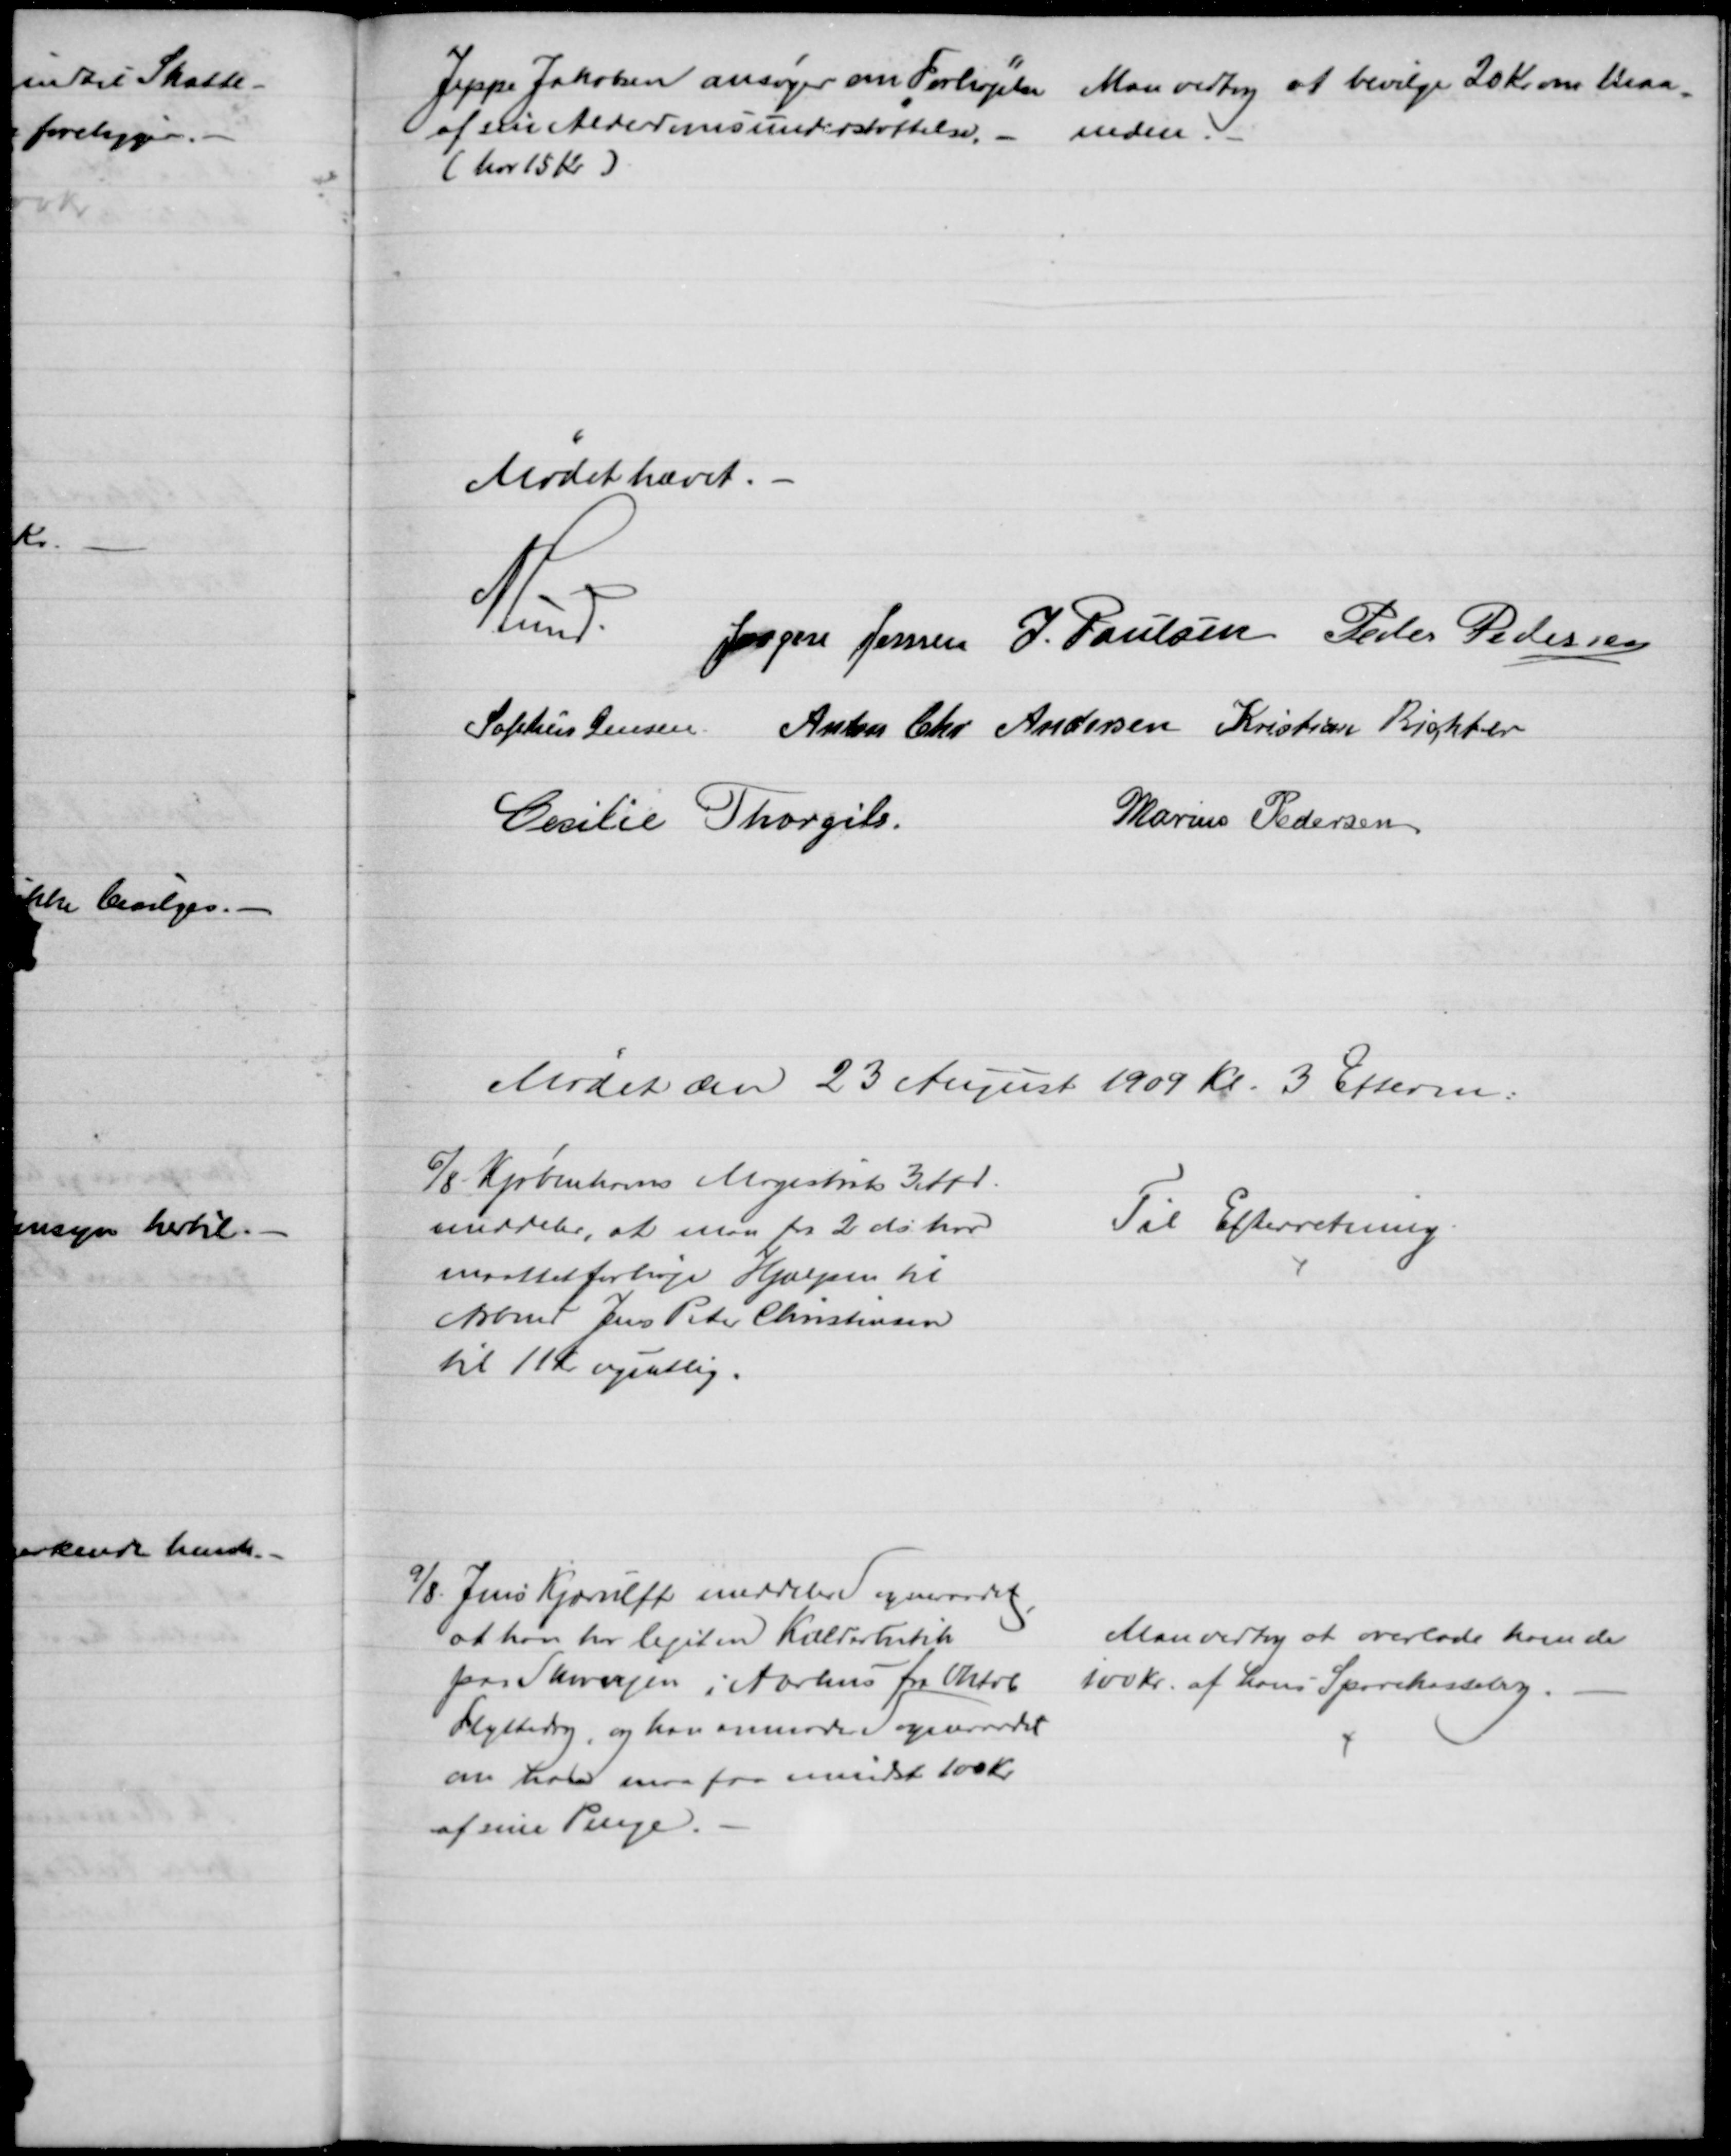
Transskription:
Jeppe Jakobsen ansøger om Forhøjelse 
af sin Alderdomsunderstøttelse.
(har 15 Kr)
Man vedtog at bevilge 20 Kr. om Maa-
=
neden.
Mødet hævet.
A. Lund.
Jørgen Jensen J. Poulsen Peder Pedersen
Sophus Jensen Anton Chr Andersen Kristian Richter
Cecilie Thorgils.
Marius Pedersen
Mødet den 23 August 1909 Kl. 3 Efterm:
6/8 Kjøbenhavns Magistrat 3. Afd.
meddeler, at man pr 2 ds har
maattet forhøje Hjælpen til
Arbmd Jens Peter Christensen
til 11 Kr ugentlig.
Til Efterretning.
9/8. Jens Kjærulff meddeler Sogneraadet
,
at han har lejet en Kælderbutik
paa Skovvejen i Aarhus fra Oktob
Flyttedag, og han anmoder Sogneraadet
om han maa faa mindst 100 Kr.
af sine Penge.
Man vedtog at overlade ham de 
100 Kr. af hans Sparekassebog.